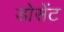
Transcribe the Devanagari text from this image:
डोसेंट